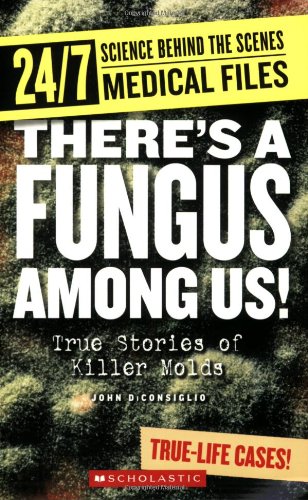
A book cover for Theres a Fungus Among Us!: True Stories of Killer Molds (24/7: Science Behind the Scenes: Medical Files); John DiConsiglio; Teen & Young Adult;